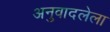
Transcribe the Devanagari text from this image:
अनुवादलेला